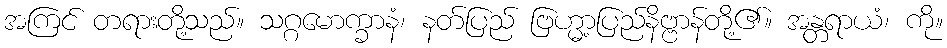
အကြင် တရားတို့သည်။ သဂ္ဂမောက္ခာနံ၊ နတ်ပြည် ဗြဟ္မာ့ပြည်နိဗ္ဗာန်တို့၏။ အန္တရာယံ၊ ကို။